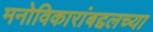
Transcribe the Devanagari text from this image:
मनोविकारांबद्दलच्या